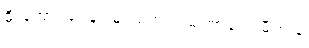
မိုးအောင်ရင်နဲ့ဲမြင့်မြတ်က မကြာသေးမီက နဲ့